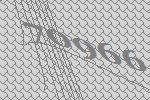
70966